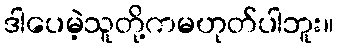
ဒါပေမဲ့သူတို့ကမဟုတ်ပါဘူး။